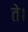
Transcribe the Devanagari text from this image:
ते।